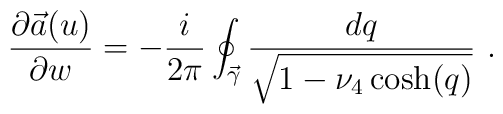
{\partial \vec{a}(u)\over \partial w}= -{i\over 2\pi}\oint_{\vec{\gamma}}{dq \over \sqrt{1-\nu_4\cosh(q)}} \ .